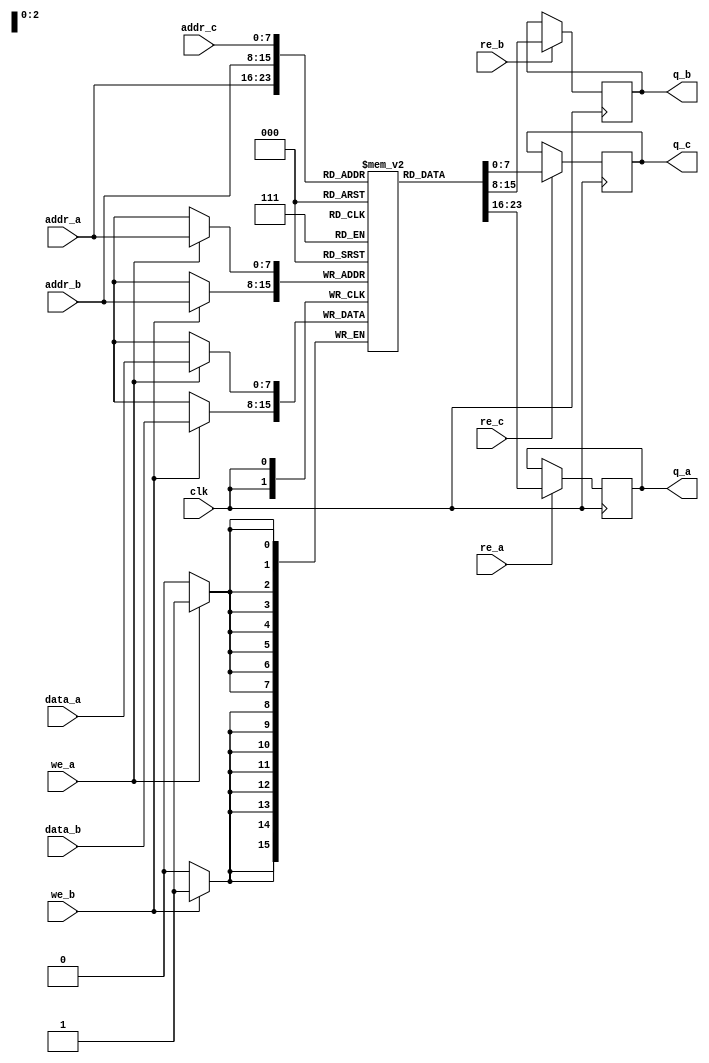
module triple_port_ram #(
    parameter DATA_WIDTH = 8,  // Width of data bus
    parameter ADDR_WIDTH = 8,  // Width of address bus
    parameter DEPTH = 1 << ADDR_WIDTH // Depth of the memory
)(
    input  wire                  clk,        // Clock signal
    input  wire [ADDR_WIDTH-1:0] addr_a,    // Address for Port A
    input  wire [ADDR_WIDTH-1:0] addr_b,    // Address for Port B
    input  wire [ADDR_WIDTH-1:0] addr_c,    // Address for Port C
    input  wire [DATA_WIDTH-1:0] data_a,    // Data input for Port A
    input  wire [DATA_WIDTH-1:0] data_b,    // Data input for Port B
    input  wire                  we_a,       // Write enable for Port A
    input  wire                  re_a,       // Read enable for Port A
    input  wire                  we_b,       // Write enable for Port B
    input  wire                  re_b,       // Read enable for Port B
    input  wire                  re_c,       // Read enable for Port C
    output reg [DATA_WIDTH-1:0] q_a,        // Data output for Port A
    output reg [DATA_WIDTH-1:0] q_b,        // Data output for Port B
    output reg [DATA_WIDTH-1:0] q_c         // Data output for Port C
);

    // Memory array declaration
    reg [DATA_WIDTH-1:0] mem [0:DEPTH-1];

    // Read and Write operations
    always @(posedge clk) begin
        // Port A operations
        if (we_a) begin
            mem[addr_a] <= data_a; // Write data to memory
        end
        if (re_a) begin
            q_a <= mem[addr_a]; // Read data from memory
        end

        // Port B operations
        if (we_b) begin
            mem[addr_b] <= data_b; // Write data to memory
        end
        if (re_b) begin
            q_b <= mem[addr_b]; // Read data from memory
        end

        // Port C operations
        if (re_c) begin
            q_c <= mem[addr_c]; // Read data from memory
        end
    end

    // Optional: Initialization logic can be added here if needed

endmodule